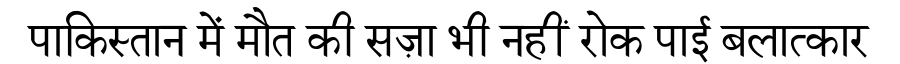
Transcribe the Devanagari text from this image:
पाकिस्तान में मौत की सज़ा भी नहीं रोक पाई बलात्कार